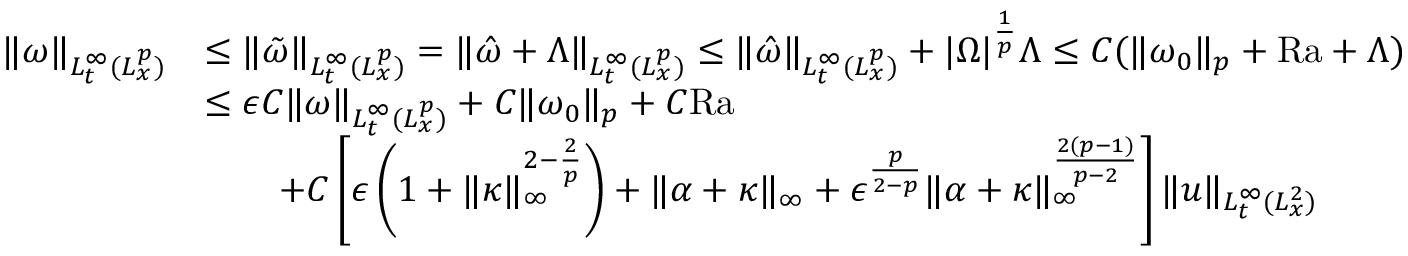
\begin{array} { r l } { \| \omega \| _ { L _ { t } ^ { \infty } ( L _ { x } ^ { p } ) } } & { \leq \| \tilde { \omega } \| _ { L _ { t } ^ { \infty } ( L _ { x } ^ { p } ) } = \| \hat { \omega } + \Lambda \| _ { L _ { t } ^ { \infty } ( L _ { x } ^ { p } ) } \leq \| \hat { \omega } \| _ { L _ { t } ^ { \infty } ( L _ { x } ^ { p } ) } + | \Omega | ^ { \frac { 1 } { p } } \Lambda \leq C ( \| \omega _ { 0 } \| _ { p } + \mathrm { { R a } } + \Lambda ) } \\ & { \leq \epsilon C \| \omega \| _ { L _ { t } ^ { \infty } ( L _ { x } ^ { p } ) } + C \| \omega _ { 0 } \| _ { p } + C { \mathrm { R a } } } \\ & { \qquad + C \left[ \epsilon \left( 1 + \| \kappa \| _ { \infty } ^ { 2 - \frac { 2 } { p } } \right) + \| \alpha + \kappa \| _ { \infty } + \epsilon ^ { \frac { p } { 2 - p } } \| \alpha + \kappa \| _ { \infty } ^ { \frac { 2 ( p - 1 ) } { p - 2 } } \right] \| u \| _ { L _ { t } ^ { \infty } ( L _ { x } ^ { 2 } ) } } \end{array}